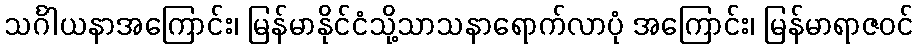
သင်္ဂါယနာအကြောင်း၊ မြန်မာနိုင်ငံသို့သာသနာရောက်လာပုံ အကြောင်း၊ မြန်မာရာဇဝင်